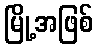
မြို့အဖြစ်